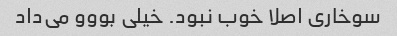
سوخاری اصلا خوب نبود. خیلی بووو می‌داد